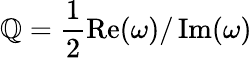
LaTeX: \mathbb{Q}=\frac{{1}}{{2}}\operatorname{Re}(\omega)/\operatorname{Im}(\omega)